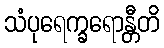
သံပုရေက္ခရောန္တီတိ